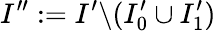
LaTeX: I^{\prime\prime}:=I^{\prime}\backslash(I_{0}^{\prime}\cup I_{1}^{\prime})